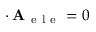
\mathbf { \nabla } \cdot \mathbf { A } _ { \mathrm { ~ e ~ l ~ e ~ } } = 0